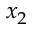
x _ { 2 }